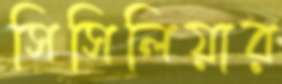
সিসিলিয়ার